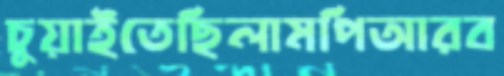
চুয়াইতেছিলামপিআরব